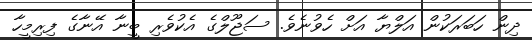
ދިން ހަބަރަކުން އަލްޔާ އަށް ހެވުނެވެ. ސަޖޫލްގެ އެކުވެރި ބީނާ އޭނާގެ ފިރިމީހާ